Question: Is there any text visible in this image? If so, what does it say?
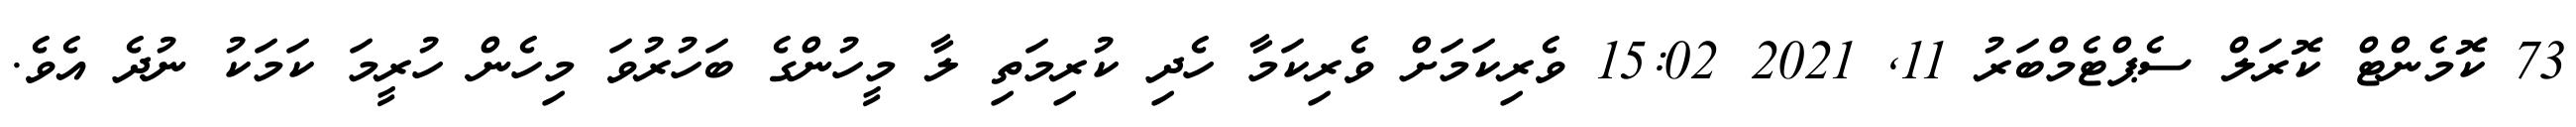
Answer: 73 ކޮމެންޓް ކޮރަލް ސެޕްޓެމްބަރު 11, 2021 15:02 ވެރިކަމަށް ވެރިކަމާ ހެދި ކުރިމަތި ލާ މީހުންގެ ބަހުރުވަ މިހެން ހުރީމަ ކަމަކު ނުދެ އެވެ.